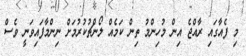
މި ފެއާގައި ރާއްޖެ އިން މުހިންމު ތިން ކަމެއް ލޯންޗުކުރުމަށް ނިންމާފައިވަނީ ވެސް